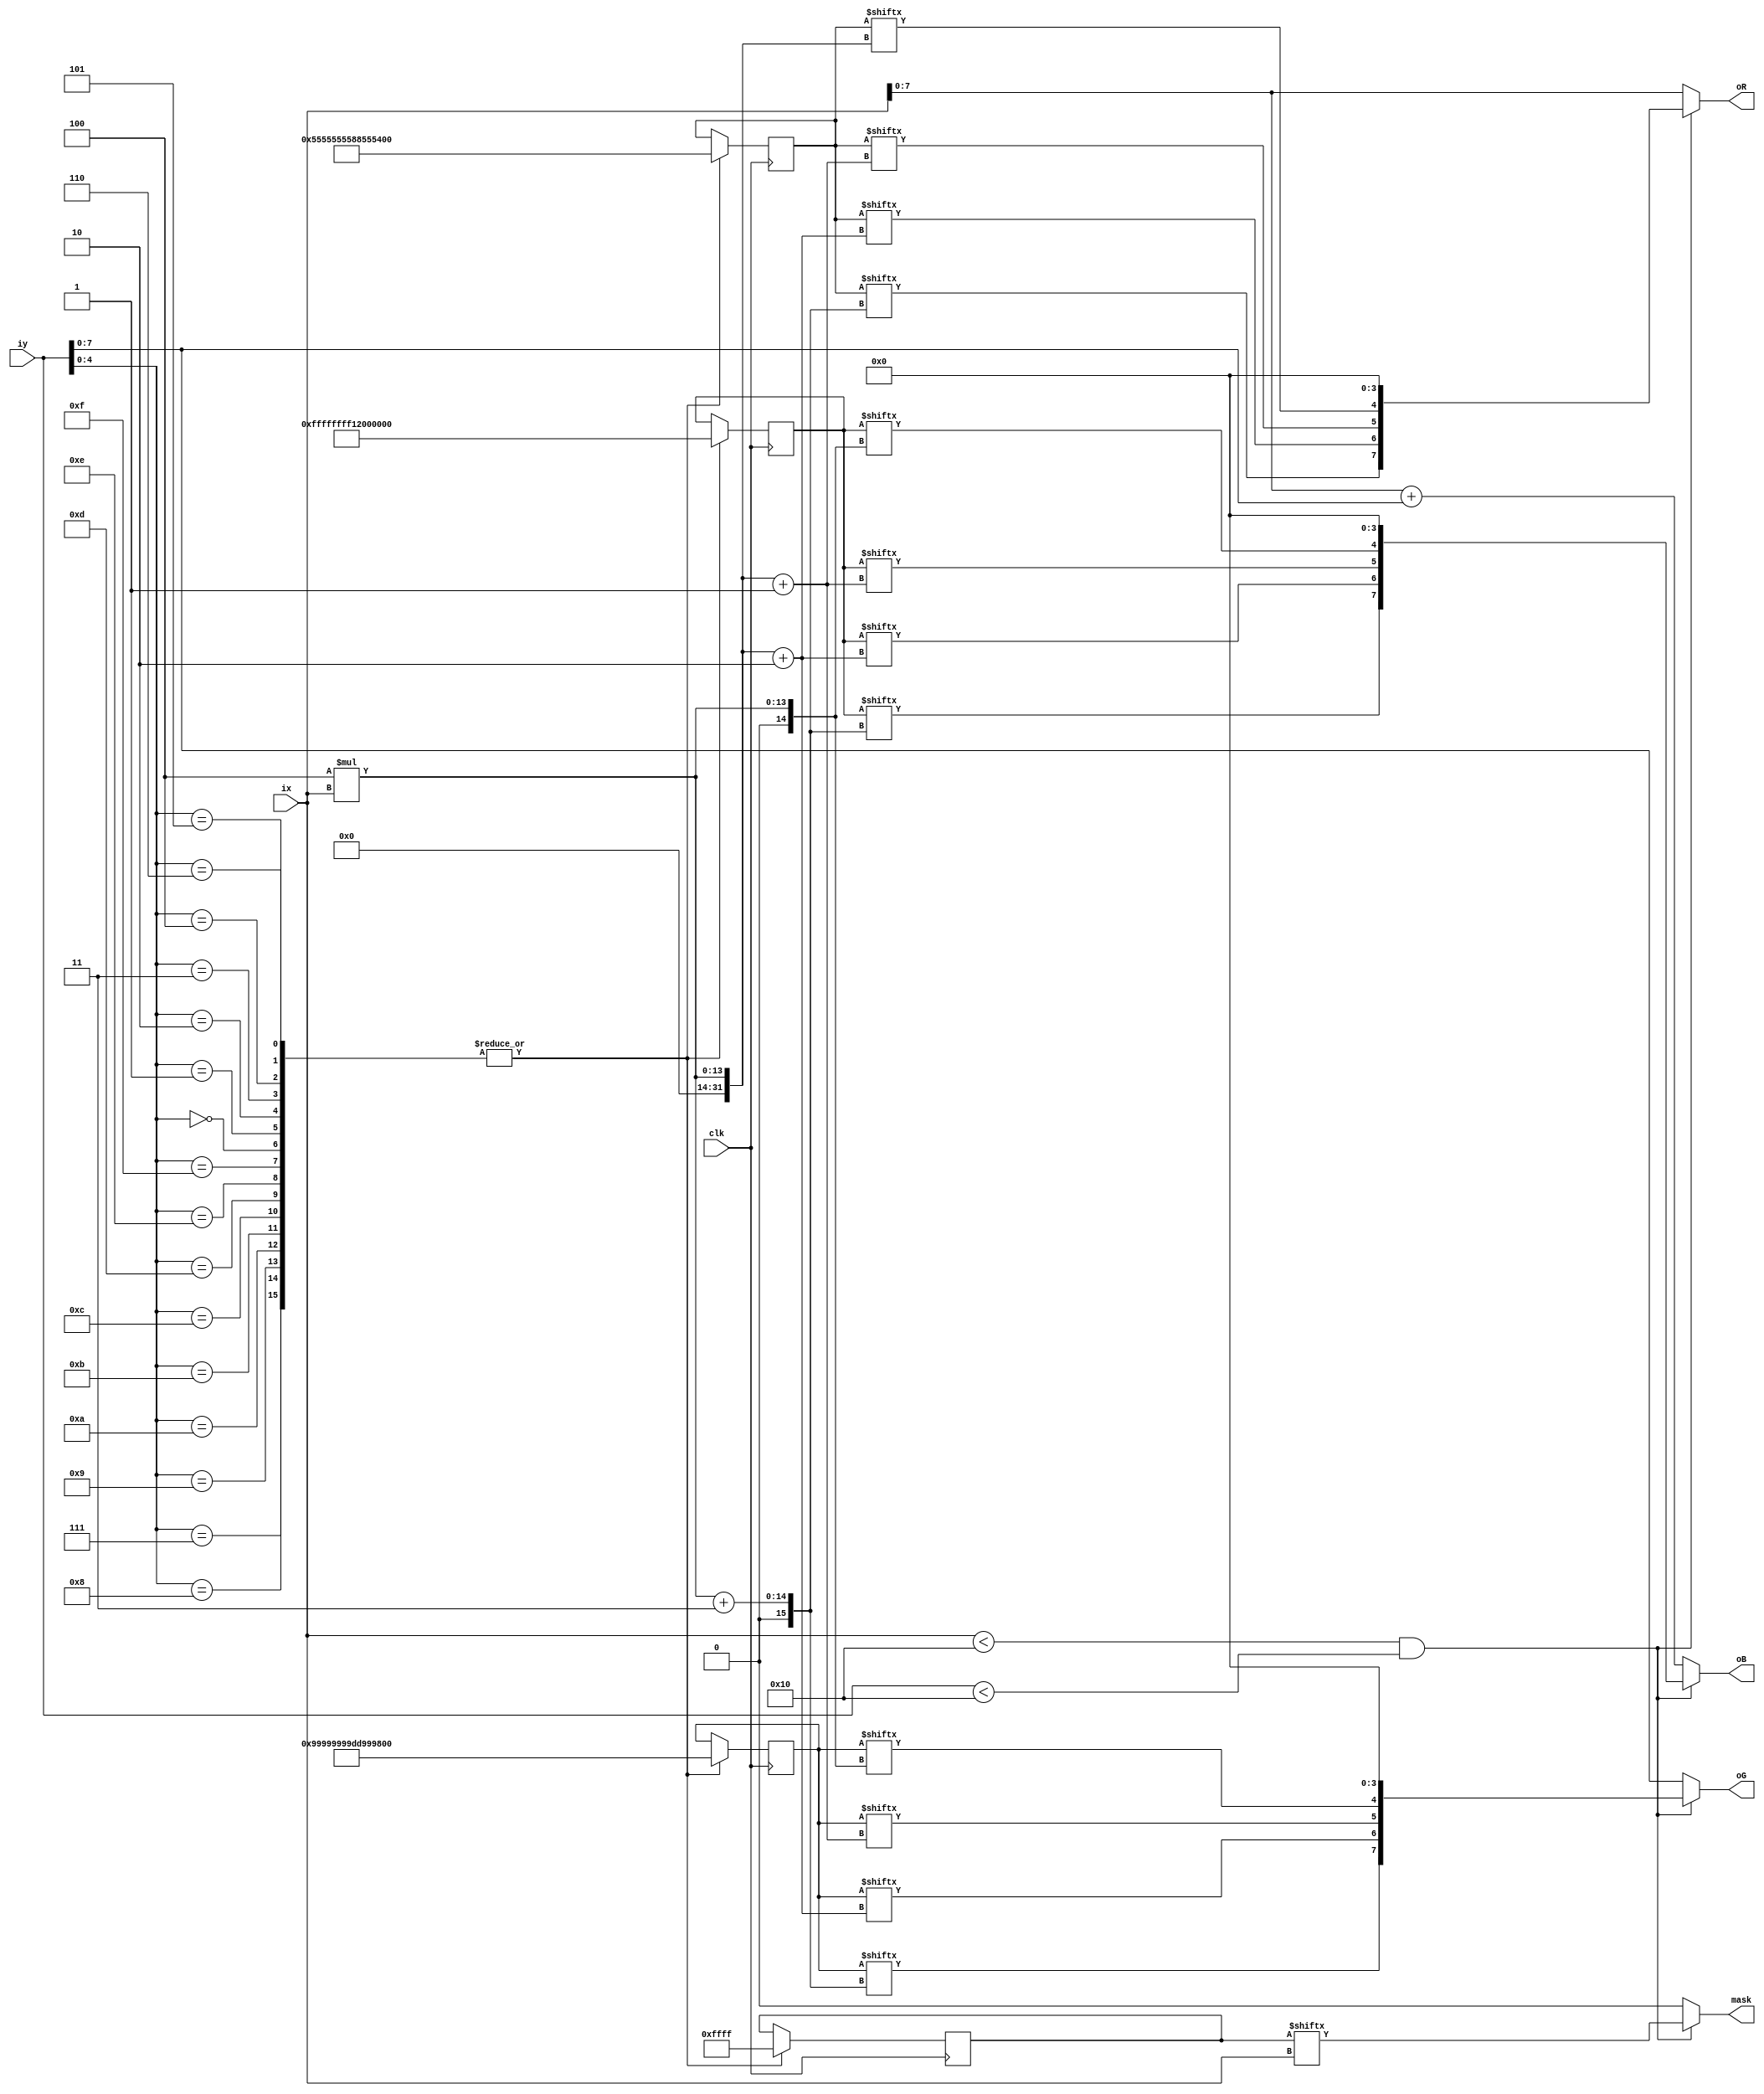
module flag_1(ix,iy,oR,oG,oB,mask,clk);
input clk;
input [10:0] ix;
input [10:0] iy;
output [7:0] oR;
output [7:0] oG;
output [7:0] oB;
output mask;
reg [64:0] flag_1_r;
reg [64:0] flag_1_g;
reg [64:0] flag_1_b;
reg [16:0] flag_1_a;
parameter x_size = 16,y_size = 16;
wire mask;

assign oR = (ix<x_size&&iy<y_size)?{flag_1_r[4*ix+3],flag_1_r[4*ix+2],flag_1_r[4*ix+1],flag_1_r[4*ix],4'b0000}:{ix[7:0]};
assign oG = (ix<x_size&&iy<y_size)?{flag_1_g[4*ix+3],flag_1_g[4*ix+2],flag_1_g[4*ix+1],flag_1_g[4*ix],4'b0000}:{iy[7:0]};
assign oB = (ix<x_size&&iy<y_size)?{flag_1_b[4*ix+3],flag_1_b[4*ix+2],flag_1_b[4*ix+1],flag_1_b[4*ix],4'b0000}:{ix+iy}; 
assign mask = (ix<x_size&&iy<y_size)?{flag_1_a[ix]}:0; 
always @(posedge clk)
begin
case(iy[4:0])
5'd0:flag_1_r=64'h5555555588555555;
5'd1:flag_1_r=64'h5555555588555555;
5'd2:flag_1_r=64'h5555555588555555;
5'd3:flag_1_r=64'h5555555588555555;
5'd4:flag_1_r=64'h5555555588555555;
5'd5:flag_1_r=64'h5555555588555555;
5'd6:flag_1_r=64'h5555555588555555;
5'd7:flag_1_r=64'h5555555588555555;
5'd8:flag_1_r=64'h5555555588555555;
5'd9:flag_1_r=64'h5555555588555555;
5'd10:flag_1_r=64'h5555555588555555;
5'd11:flag_1_r=64'h5555555588555555;
5'd12:flag_1_r=64'h5555555588555555;
5'd13:flag_1_r=64'h5555555588555555;
5'd14:flag_1_r=64'h5555555588555555;
5'd15:flag_1_r=64'h5555555588555555;
endcase
case(iy[4:0])
5'd0:flag_1_g=64'h99999999dd999999;
5'd1:flag_1_g=64'h99999999dd999999;
5'd2:flag_1_g=64'h99999999dd999999;
5'd3:flag_1_g=64'h99999999dd999999;
5'd4:flag_1_g=64'h99999999dd999999;
5'd5:flag_1_g=64'h99999999dd999999;
5'd6:flag_1_g=64'h99999999dd999999;
5'd7:flag_1_g=64'h99999999dd999999;
5'd8:flag_1_g=64'h99999999dd999999;
5'd9:flag_1_g=64'h99999999dd999999;
5'd10:flag_1_g=64'h99999999dd999999;
5'd11:flag_1_g=64'h99999999dd999999;
5'd12:flag_1_g=64'h99999999dd999999;
5'd13:flag_1_g=64'h99999999dd999999;
5'd14:flag_1_g=64'h99999999dd999999;
5'd15:flag_1_g=64'h99999999dd999999;
endcase
case(iy[4:0])
5'd0:flag_1_b=64'hffffffff11ffffff;
5'd1:flag_1_b=64'hffffffff11ffffff;
5'd2:flag_1_b=64'hffffffff11ffffff;
5'd3:flag_1_b=64'hffffffff11ffffff;
5'd4:flag_1_b=64'hffffffff11ffffff;
5'd5:flag_1_b=64'hffffffff11ffffff;
5'd6:flag_1_b=64'hffffffff11ffffff;
5'd7:flag_1_b=64'hffffffff11ffffff;
5'd8:flag_1_b=64'hffffffff11ffffff;
5'd9:flag_1_b=64'hffffffff11ffffff;
5'd10:flag_1_b=64'hffffffff11ffffff;
5'd11:flag_1_b=64'hffffffff11ffffff;
5'd12:flag_1_b=64'hffffffff11ffffff;
5'd13:flag_1_b=64'hffffffff11ffffff;
5'd14:flag_1_b=64'hffffffff11ffffff;
5'd15:flag_1_b=64'hffffffff11ffffff;
endcase
case(iy[4:0])
5'd0:flag_1_a=16'b1111111111111111;
5'd1:flag_1_a=16'b1111111111111111;
5'd2:flag_1_a=16'b1111111111111111;
5'd3:flag_1_a=16'b1111111111111111;
5'd4:flag_1_a=16'b1111111111111111;
5'd5:flag_1_a=16'b1111111111111111;
5'd6:flag_1_a=16'b1111111111111111;
5'd7:flag_1_a=16'b1111111111111111;
5'd8:flag_1_a=16'b1111111111111111;
5'd9:flag_1_a=16'b1111111111111111;
5'd10:flag_1_a=16'b1111111111111111;
5'd11:flag_1_a=16'b1111111111111111;
5'd12:flag_1_a=16'b1111111111111111;
5'd13:flag_1_a=16'b1111111111111111;
5'd14:flag_1_a=16'b1111111111111111;
5'd15:flag_1_a=16'b1111111111111111;
endcase
end
endmodule